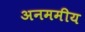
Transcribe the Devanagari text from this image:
अनममीय